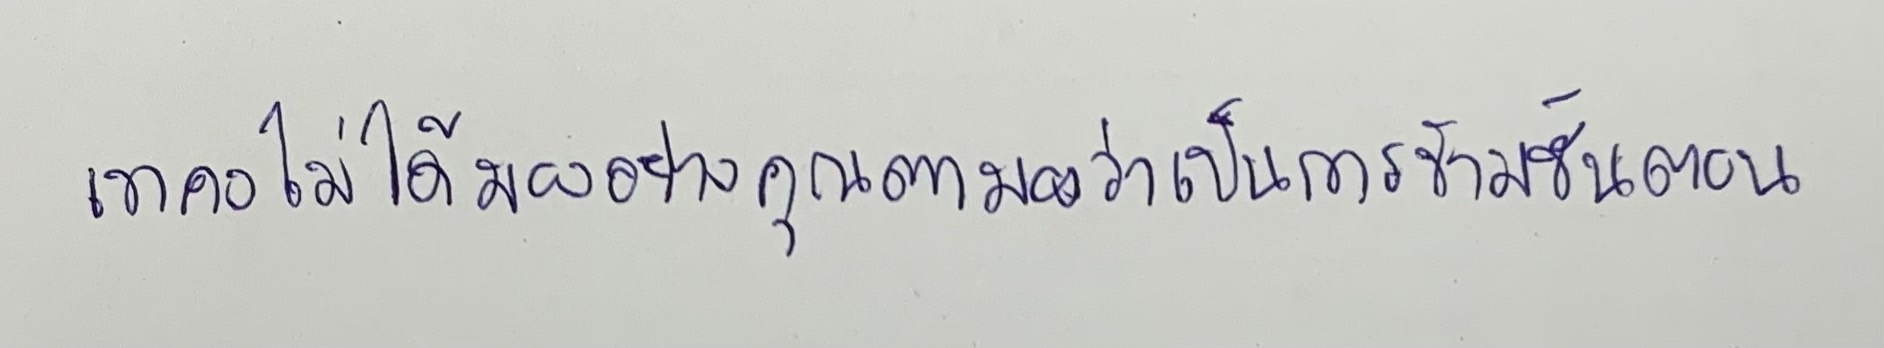
เขาคงไม่ได้มองอย่างคุณตามองว่าเป็นการข้ามขั้นตอน